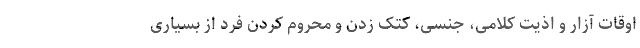
اوقات آزار و اذیت کلامی، جنسی، کتک زدن و محروم کردن فرد از بسیاری